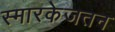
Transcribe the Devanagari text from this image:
स्मारकेजतन